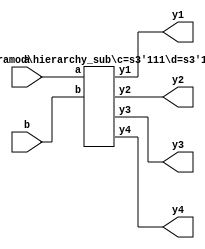

module hierarchy(a, b, y1, y2, y3, y4);
input [3:0] a;
input signed [3:0] b;
output [7:0] y1, y2, y3, y4;

hierarchy_sub #(-3'sd1, -3'sd1) foo (a, b, y1, y2, y3, y4);

endmodule

(* gentb_skip *)
module hierarchy_sub(a, b, y1, y2, y3, y4);
parameter c = 0;
parameter [7:0] d = 0;
input [3:0] a, b;
output [7:0] y1, y2, y3, y4;
assign y1 = a^b;
assign y2 = b+c;
assign y3 = y2+a;
assign y4 = d;
endmodule